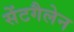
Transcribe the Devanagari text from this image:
सेंटगैलेन